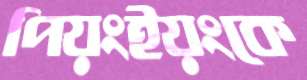
পিয়ংইয়ংকে